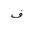
Letter: _fa